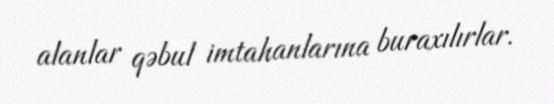
alanlar qəbul imtahanlarına buraxılırlar.